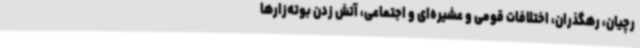
رچیان، رهگذران، اختلافات قومی و عشیره‌ای و اجتماعی، آتش زدن بوته‌زارها